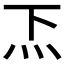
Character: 𱪥